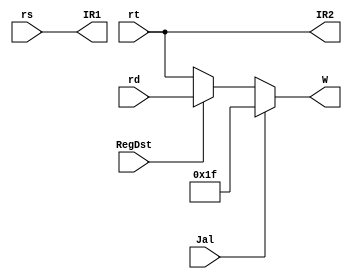
`timescale 1ns / 1ps
//////////////////////////////////////////////////////////////////////////////////
// Version:     2.20 17:05
// Reviewer:
// Review Date:
//////////////////////////////////////////////////////////////////////////////////

// [combinational logic]
// deals with ~RegFile~'s data input selection
module RegfileInputAdapter
#(
    parameter   DATA_BITS   = 32
) (
    // data lines in
    input   wire    [4:0]               rs,
    input   wire    [4:0]               rt,
    input   wire    [4:0]               rd,
    input   wire                        Jal,
    input   wire                        RegDst,
    output  wire    [4:0]               IR1,
    output  wire    [4:0]               IR2,
    output  reg     [4:0]               W         // index of reg to write to
);

assign IR1 = rs;
assign IR2 = rt;

always @ * begin
    if (Jal) begin
        W <= 31;    // $ra: return address register
    end else begin
        W <= RegDst ? rd : rt;
    end
end

endmodule